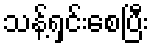
သန့်ရှင်းစေပြီး